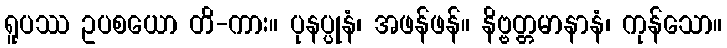
ရူပဿ ဥပစယော တိ-ကား။ ပုနပ္ပုနံ၊ အဖန်ဖန်။ နိဗ္ဗတ္တမာနာနံ၊ ကုန်သော။